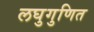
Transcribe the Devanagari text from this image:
लघुगुणित